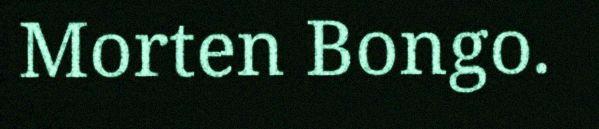
Morten Bongo.